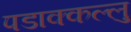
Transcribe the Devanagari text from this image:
पडाक्कल्लु